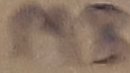
Text: MB